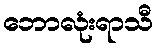
ဘောလုံးရာသီ